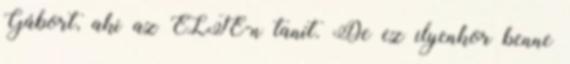
Gábort, aki az ELTE-n tanít. De ez ilyenkor benne